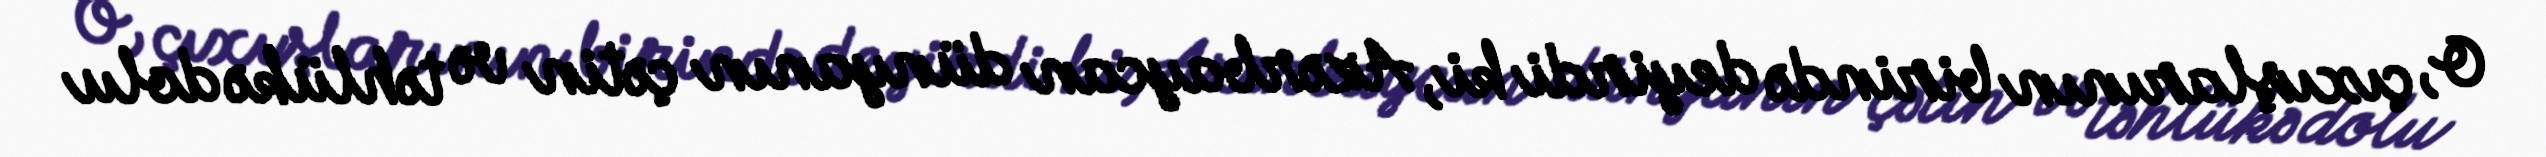
O, çıxışlarının birində deyirdi ki, Azərbaycan dünyanın çətin və təhlükə dolu